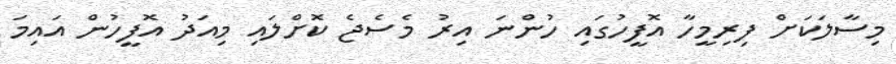
މިސާލަކަށް ފިރިމީހާ އޮފީހުގައި ހުންނަ އިރު މެސެޖެ ކޮށްލައި މިއަދު އޮފީހުން އައިމަ